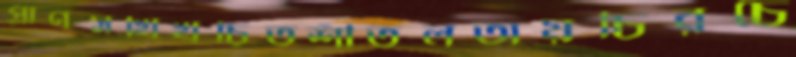
প্রাণসখিখচিতশীতলতায়চিরচে